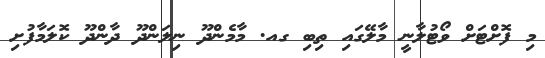
މި ފޮށްޓަށް ވޯޓުލާނީ މާލޭގައި ތިބި ގއ. މާމެންދޫ ނިލަންދޫ ދާންދޫ ކޮލަމާފުށި